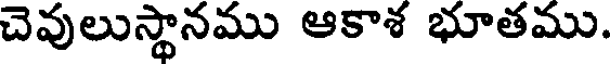
చెవులుస్థానము ఆకాశ భూతము.